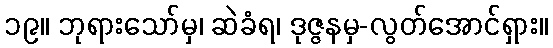
၁၉။ ဘုရားသော်မှ၊ ဆဲခံရ၊ ဒုဇ္ဇနမှ-လွတ်အောင်ရှား။